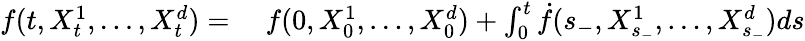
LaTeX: \begin{array}{rl}{f(t,X_{t}^{1},\ldots,X_{t}^{d})={}}&{{}f(0,X_{0}^{1},\ldots,X_{0}^{d})+\int_{0}^{t}{\dot{f}}({s_{-}},X_{s_{-}}^{1},\ldots,X_{s_{-}}^{d})d{s}}\end{array}